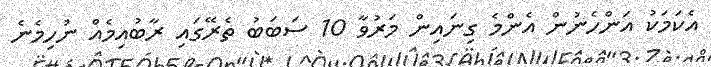
އެކަމަކު އަންހެނުން އެންމެ ގިނައިން މަރުވާ 10 ސަބަބު ތެރޭގައި ރާބުއިމެއް ނުހިމެނެ